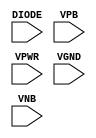
module sky130_fd_sc_ls__diode (
    //# {{power|Power}}
    input DIODE,
    input VPB  ,
    input VPWR ,
    input VGND ,
    input VNB
);
endmodule